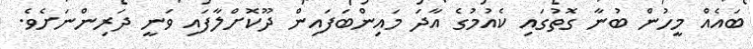
ބައެއް މީހުން ބުނާ ގޮތުގައި ކެއުމުގެ އާދަ މައިންބަފައިން ދޫކޮށްލާފައި ވަނީ ދަރިންނަށެވެ.